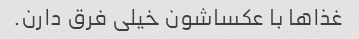
غذاها با عکساشون خیلی فرق دارن.